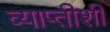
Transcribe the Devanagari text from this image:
व्याप्तीशी